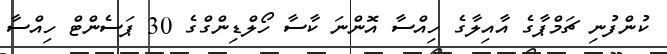
ކުންފުނި ޗަމްޕާގެ އާއިލާގެ ހިއްސާ އޮންނަ ކާސާ ހޯލްޑިންގްގެ 30 ޕަސެންޓް ހިއްސާ